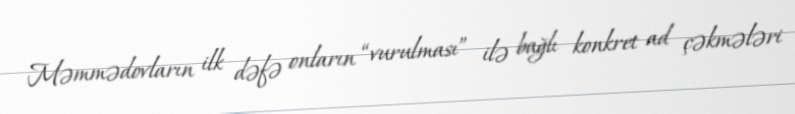
Məmmədovların ilk dəfə onların “vurulması” ilə bağlı konkret ad çəkmələri